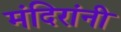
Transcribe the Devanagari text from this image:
मंदिरांनी